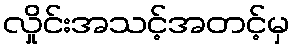
လှိုင်းအသင့်အတင့်မှ